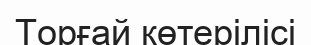
Торғай көтерілісі